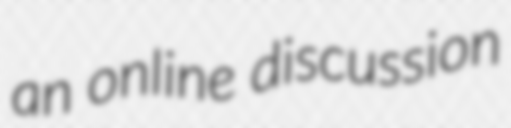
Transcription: an online discussion